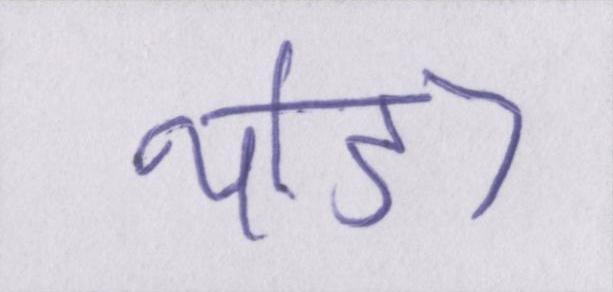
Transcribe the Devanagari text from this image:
थोड़ा